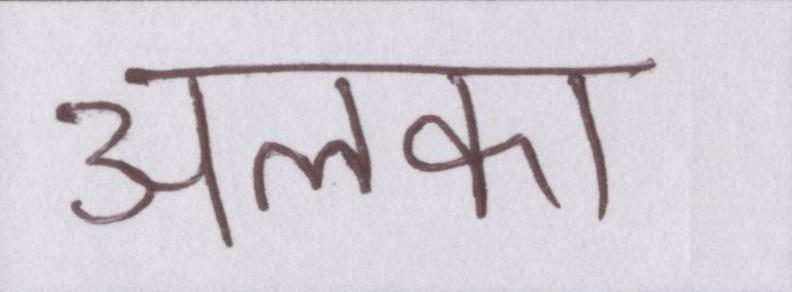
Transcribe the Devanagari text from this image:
अलका